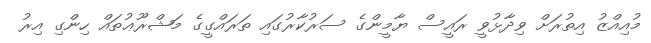
މުއިއްޒު އިތުރަށް ވިދާޅުވީ ރައީސް ޔާމީންގެ ސަރުކާރުގައި ތަރައްގީގެ މަޝްރޫޢުތައް ހިންގި އިރު